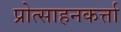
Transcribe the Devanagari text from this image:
प्रोत्साहनकर्त्ता